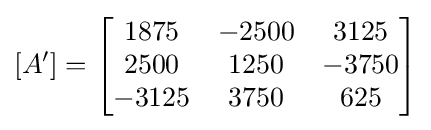
[A']={\begin{bmatrix}1875&-2500&3125\\2500&1250&-3750\\-3125&3750&625\end{bmatrix}}